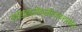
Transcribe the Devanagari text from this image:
डाईहाइड्रॉक्सीएन्थ्रासीन